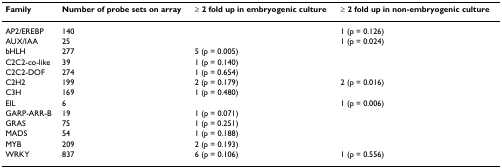
<table><thead><tr><td><b>Family</b></td><td><b>Number of probe sets on array</b></td><td><b>≥ 2 fold up in embryogenic culture</b></td><td><b>≥ 2 fold up in non-embryogenic culture</b></td></tr></thead><tbody><tr><td>AP2/EREBP</td><td>140</td><td></td><td>1 (p = 0.126)</td></tr><tr><td>AUX/IAA</td><td>25</td><td></td><td>1 (p = 0.024)</td></tr><tr><td>bHLH</td><td>277</td><td>5 (p = 0.005)</td><td></td></tr><tr><td>C2C2-co-like</td><td>39</td><td>1 (p = 0.140)</td><td></td></tr><tr><td>C2C2-DOF</td><td>274</td><td>1 (p = 0.654)</td><td></td></tr><tr><td>C2H2</td><td>199</td><td>2 (p = 0.179)</td><td>2 (p = 0.016)</td></tr><tr><td>C3H</td><td>169</td><td>1 (p = 0.480)</td><td></td></tr><tr><td>EIL</td><td>6</td><td></td><td>1 (p = 0.006)</td></tr><tr><td>GARP-ARR-B</td><td>19</td><td>1 (p = 0.071)</td><td></td></tr><tr><td>GRAS</td><td>75</td><td>1 (p = 0.251)</td><td></td></tr><tr><td>MADS</td><td>54</td><td>1 (p = 0.188)</td><td></td></tr><tr><td>MYB</td><td>209</td><td>2 (p = 0.193)</td><td></td></tr><tr><td>WRKY</td><td>837</td><td>6 (p = 0.106)</td><td>1 (p = 0.556)</td></tr></tbody></table>